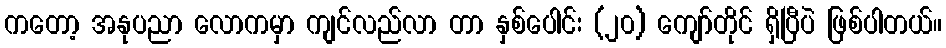
ကတော့ အနုပညာ လောကမှာ ကျင်လည်လာ တာ နှစ်ပေါင်း (၂၀) ကျော်တိုင် ရှိပြီပဲ ဖြစ်ပါတယ်။